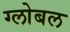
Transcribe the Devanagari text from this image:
ग्लोबल